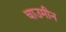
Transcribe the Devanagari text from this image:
चाउमीन